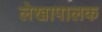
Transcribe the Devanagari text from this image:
लेखापालक